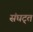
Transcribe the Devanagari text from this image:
संघट्त